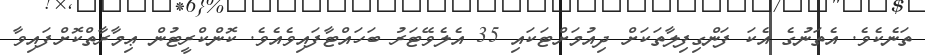
ތަނެކެވެ. އެތަނުގެ އެކަ ފަންގިފިލާތަކަށް ދިއުމަށްޓަކައި 35 އެލެވޭޓަރު ބަހައްޓާފައިވެއެވެ. ކޮންކްރީޓުން ޢިމާރާތްކޮށްފައިވާ